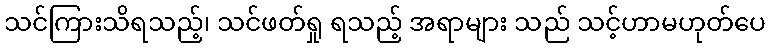
သင်ကြားသိရသည့်၊ သင်ဖတ်ရှု ရသည့် အရာများ သည် သင့်ဟာမဟုတ်ပေ